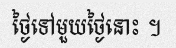
ថ្ងៃទៅមួយថ្ងៃនោះ ។